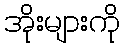
အိုးများကို